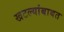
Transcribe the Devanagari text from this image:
खटल्यांबाबत